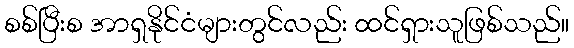
စစ်ပြီးစ အာရှနိုင်ငံများတွင်လည်း ထင်ရှားသူဖြစ်သည်။